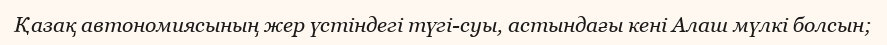
Қазақ автономиясының жер үстіндегі түгі-суы, астындағы кені Алаш мүлкі болсын;